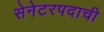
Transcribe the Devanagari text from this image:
सेनेटरपदाची